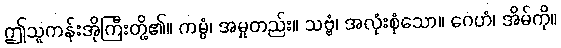
ဤသူကန်းအိုကြီးတို့၏။ ကမ္မံ၊ အမှုတည်း။ သဗ္ဗံ၊ အလုံးစုံသော။ ဂေဟံ၊ အိမ်ကို။